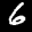
Label: 6